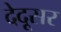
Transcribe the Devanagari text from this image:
देदूसर